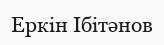
Еркін Ібітәнов